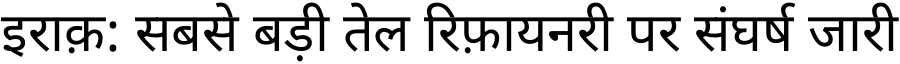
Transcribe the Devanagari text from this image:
इराक़: सबसे बड़ी तेल रिफ़ायनरी पर संघर्ष जारी